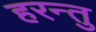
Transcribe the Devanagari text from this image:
हरन्तु